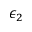
\epsilon _ { 2 }